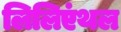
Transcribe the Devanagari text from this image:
लिलिएंथल